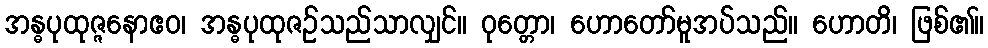
အန္ဓပုထုဇ္ဇနောဧဝ၊ အန္ဓပုထုဇဉ်သည်သာလျှင်။ ဝုတ္တော၊ ဟောတော်မူအပ်သည်။ ဟောတိ၊ ဖြစ်၏။